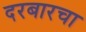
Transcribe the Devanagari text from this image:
दरबारचा